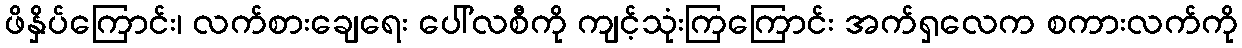
ဖိနှိပ်ကြောင်း၊ လက်စားချေရေး ပေါ်လစီကို ကျင့်သုံးကြကြောင်း အက်ရှလေက စကားလက်ကို